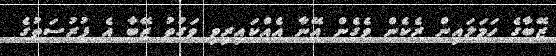
ޒޭބާގެ ހަމަލައިން ރެކެން ވެގެން އޭނާ އެއްކައިރިވި ވަގުތު ޒޭބާ އެ ފުރުސަތުގެ